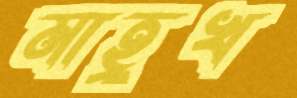
মাহ্রুখ